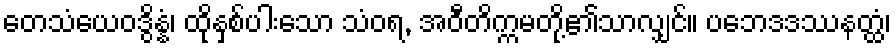
တေသံယေဝဒွိန္နံ၊ ထိုနှစ်ပါးသော သံဝရ, အဝီတိက္ကမတို့၏သာလျှင်။ ပဘေဒဒဿနတ္ထံ၊